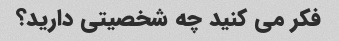
فکر می کنید چه شخصیتی دارید؟